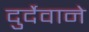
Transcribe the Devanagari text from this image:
दुर्देवाने